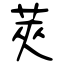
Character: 莢